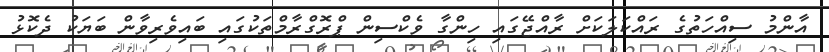
އާންމު ސިއްހަތުގެ ރައްކަލަކަށް ރާއްޖޭގައި ހިންގާ ވެކްސިން ޕްރޮގްރާމްތަކުގައި ބައިވެރިވާން ބަޔަކު ދެކޮޅު